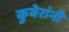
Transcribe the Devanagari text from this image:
कुबेरांनी